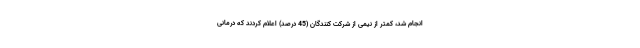
انجام شد، کمتر از نیمی از شرکت کنندگان (45 درصد) اعلام کردند که درمانی